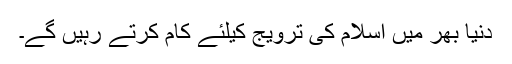
دنیا بھر میں اسلام کی ترویج کیلئے کام کرتے رہیں گے۔